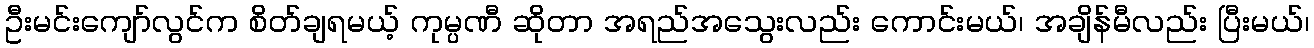
ဦးမင်းကျော်လွင်က စိတ်ချရမယ့် ကုမ္ပဏီ ဆိုတာ အရည်အသွေးလည်း ကောင်းမယ်၊ အချိန်မီလည်း ပြီးမယ်၊